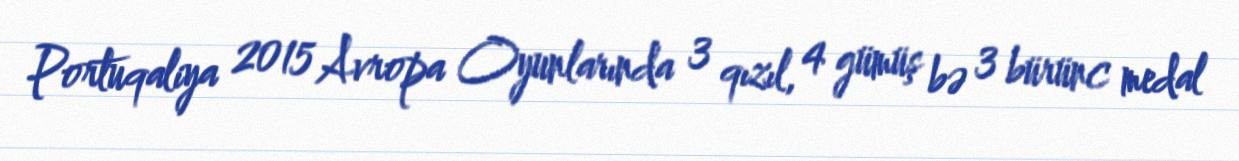
Portuqaliya 2015 Avropa Oyunlarında 3 qızıl, 4 gümüş bə 3 bürünc medal